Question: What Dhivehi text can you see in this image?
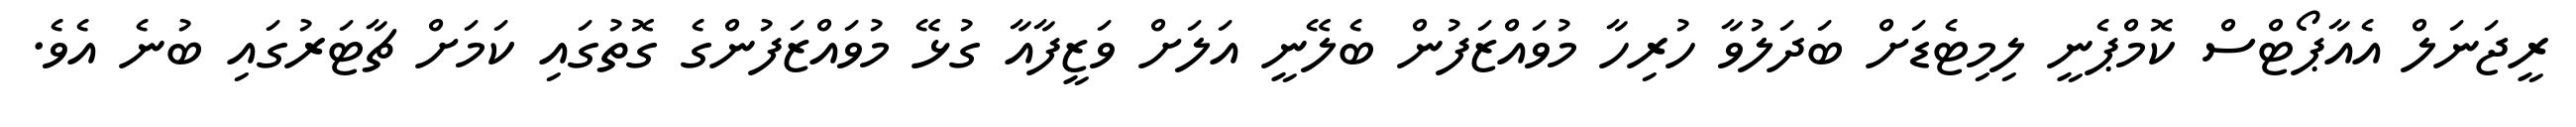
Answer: ރީޖަނަލް އެއާޕޯޓްސް ކޮމްޕެނީ ލިމިޓެޑަށް ބަދަލުވާ ހުރިހާ މުވައްޒަފުން ބެލޭނީ އަލަށް ވަޒީފާއާ ގުޅޭ މުވައްޒަފުންގެ ގޮތުގައި ކަމަށް ޗާޓަރުގައި ބުނެ އެވެ.